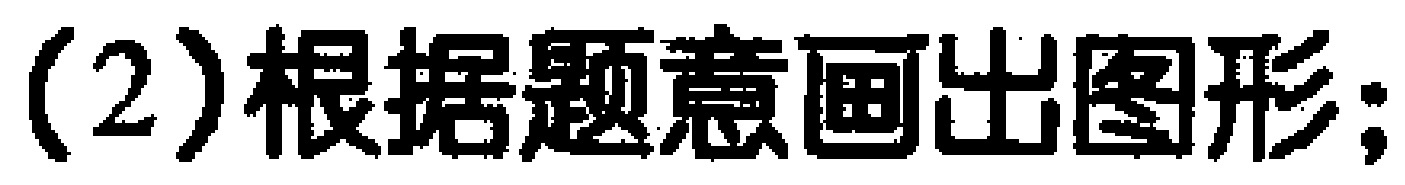
(2)根据题意画出图形;